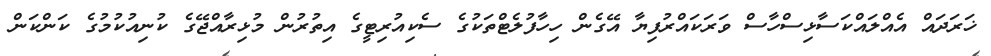
ޚަރަދައްް އެއްލައްކަސާޅިސްހާސްް ވަރަކައްރުފިޔާާ އޭގެންް ހިހާފުލެޓްތަކުގެެ ސެކިއުރިޓީގެެ އިތުރުންް މުޅިރާއްޖޭގެެ ކުނިއުކުމުގެެ ކަންކަންް